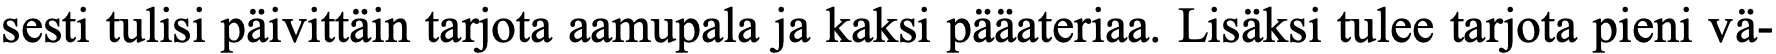
sesti tulisi päivittäin tarjota aamupala ja kaksi pääateriaa. Lisäksi tulee tarjota pieni vä-